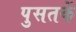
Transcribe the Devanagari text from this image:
पुसतकें